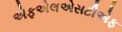
એફએલએસટીએફ